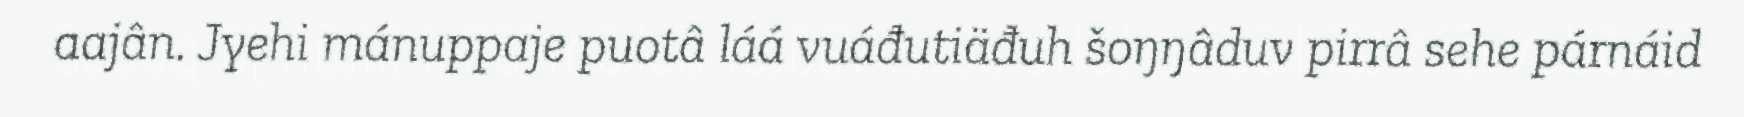
aajân. Jyehi mánuppaje puotâ láá vuáđutiäđuh šoŋŋâduv pirrâ sehe párnáid